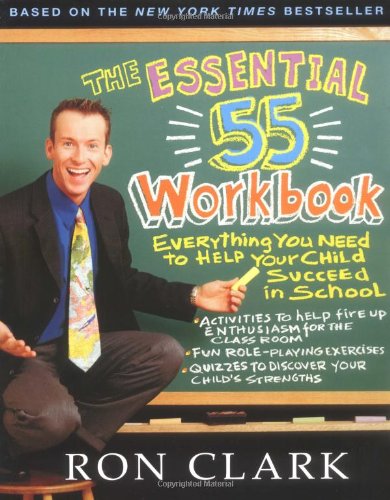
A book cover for The Essential 55 Workbook; Ron Clark; Education & Teaching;